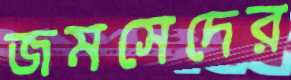
জমসেদের